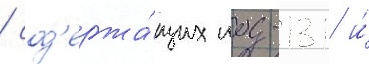
/ сод'ержа́щих иод-131 и́